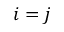
i = j